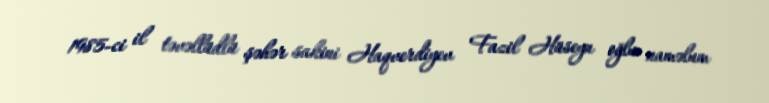
1985-ci il təvəllüdlü şəhər sakini Haqverdiyev Fazil Hüseyn oğlu naməlum